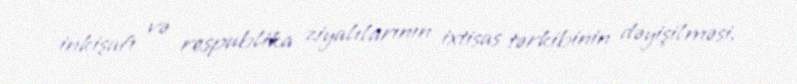
inkişafı və respublika ziyalılarının ixtisas tərkibinin dəyişilməsi.